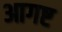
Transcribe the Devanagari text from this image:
आगष्ट